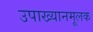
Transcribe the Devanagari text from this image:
उपाख्यानमूलक